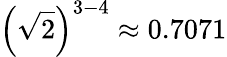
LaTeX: \left({\sqrt{2}}\right)^{3-4}\approx 0.7071